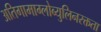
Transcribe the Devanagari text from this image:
अतिगामाग्लोब्युलिनरक्तता